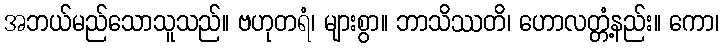
အဘယ်မည်သောသူသည်။ ဗဟုတရံ၊ များစွာ။ ဘာသိဿတိ၊ ဟောလတ္တံ့နည်း။ ကော၊